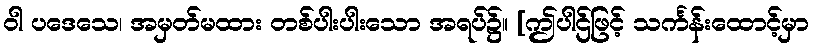
ဝါ ပဒေသေ၊ အမှတ်မထား တစ်ပါးပါးသော အရပ်၌။ [ဤပါဌ်ဖြင့် သင်္ကန်းထောင့်မှာ